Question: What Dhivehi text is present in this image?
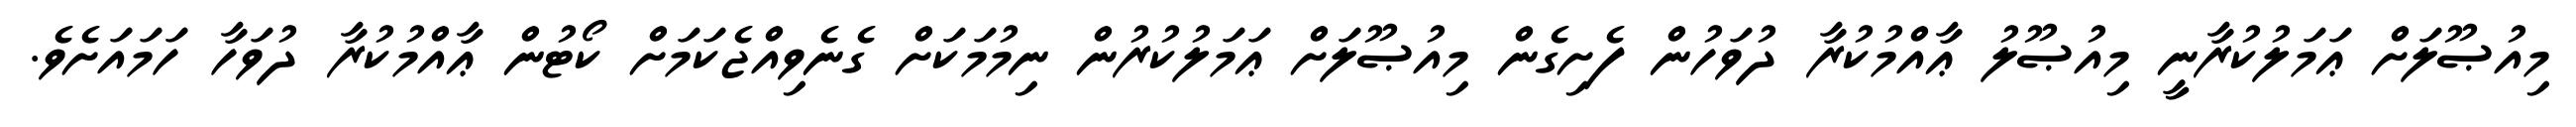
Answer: މިއުޞޫލަށް ޢަމަލުކުރާނީ މިއުޞޫލު ޢާއްމުކުރާ ދުވަހުން ފެށިގެން މިއުޞޫލަށް ޢަމަލުކުރުން ނިމުމަކަށް ގެނެވިއްޖެކަމަށް ކޯޓުން ޢާއްމުކުރާ ދުވަހާ ހަމައަށެވެ.